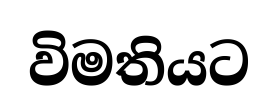
විමතියට